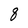
Character: q